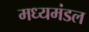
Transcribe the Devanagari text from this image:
मध्यमंडल